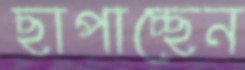
ছাপাচ্ছেন